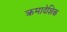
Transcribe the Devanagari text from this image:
क्रमादेशिक